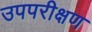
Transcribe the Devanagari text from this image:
उपपरीक्षण